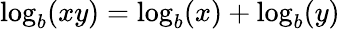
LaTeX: \log_{b}(xy)=\log_{b}(x)+\log_{b}(y)